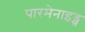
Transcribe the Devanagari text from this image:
पारमेनाइड्स